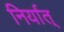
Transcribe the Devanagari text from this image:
निर्यात्‌